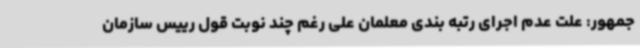
جمهور: علت عدم اجرای رتبه بندی معلمان علی رغم چند نوبت قول رییس سازمان